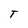
Character: T